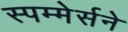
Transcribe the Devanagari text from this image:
स्पम्मेर्सने